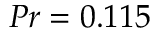
{ P r = 0 . 1 1 5 }